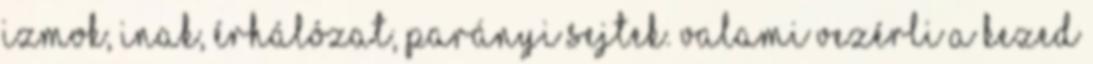
izmok, inak, érhálózat, parányi sejtek. Valami vezérli a kezed